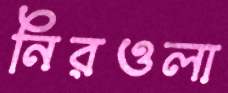
নিরওলা